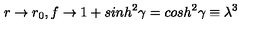
r \rightarrow r _ { 0 } , f \rightarrow 1 + s i n h ^ { 2 } \gamma = c o s h ^ { 2 } \gamma \equiv \lambda ^ { 3 }